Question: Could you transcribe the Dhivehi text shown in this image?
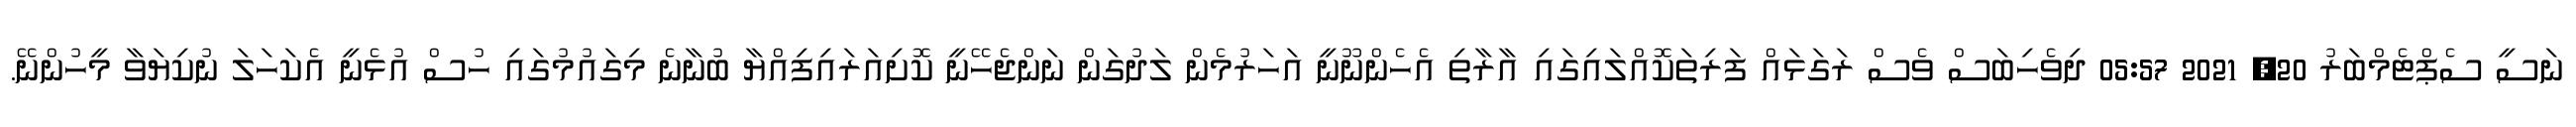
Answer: ނަސީ ސެޕްޓެމްބަރު 20, 2021 05:57 ދިވެހިބަސް ވެސް ރަގަޅައް ފަރިތަކޮއްލައިގައި އާރާތި އެހެންނޫނީ އަހަރުމެން ލަދުގަން ނަންޖެހޭނީ ކޮށިއަރައިފިއްޔާ ބުނާނެ މިގައުމުގައި ހުސް އުޅެނީ އެކަހަލަ ނުކިޔަވާ މީހުންނޭ.